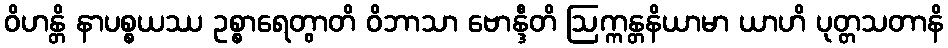
ဝိဟန္တိ နာပစ္စယဿ ဥစ္စာရေတွာတိ ဝိဘာသာ ဗောန္ဒီတိ ဩက္ကန္တနိယာမာ ယာဟိ ပုတ္တသတာနိ